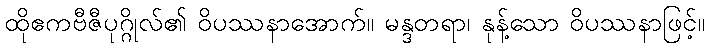
ထိုဧကဗီဇီပုဂ္ဂိုလ်၏ ဝိပဿနာအောက်။ မန္ဒတရာ၊ နုန့်သော ဝိပဿနာဖြင့်။